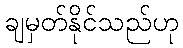
ချမှတ်နိုင်သည်ဟု